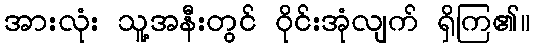
အားလုံး သူ့အနီးတွင် ဝိုင်းအုံလျက် ရှိကြ၏။